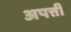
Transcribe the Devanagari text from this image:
अपत्ती